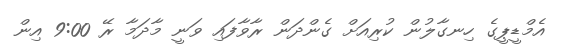
އެމްޑީޕީގެ ހިނގާލުން ކުރިއަށް ގެންދަން ރާވާފައި ވަނީ މާދަމާ ރޭ 9:00 އިން